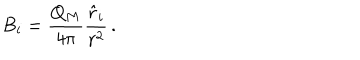
B _ { i } = { \frac { Q _ { M } } { 4 \pi } } { \frac { { \hat { r } } _ { i } } { r ^ { 2 } } } \, .